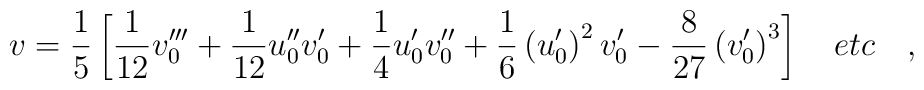
v=\frac{1}{5}\left[ \frac{1}{12}v_0'''+\frac{1}{12} u_0''v_0'+\frac{1}{4}u_0'v_0'' +\frac{1}{6}\left( u_0'\right)^2 v_0' -\frac{8}{27}\left( v_0'\right)^3  \right]  \quad  etc \quad ,